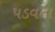
પડવતા